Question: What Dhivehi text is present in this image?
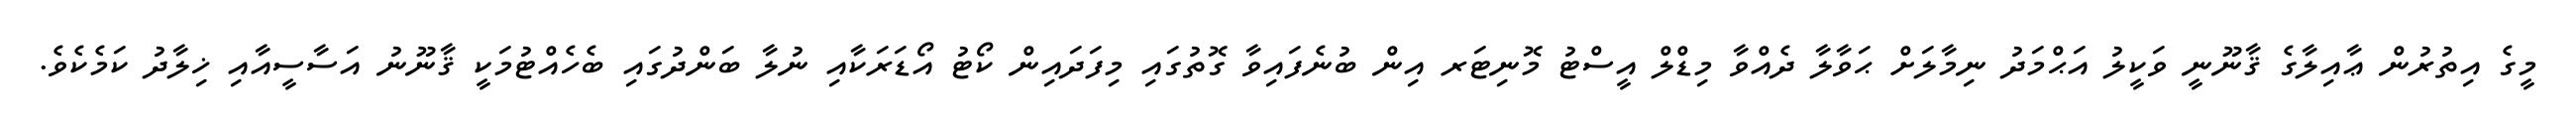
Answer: މީގެ އިތުރުން ޢާއިލާގެ ޤާނޫނީ ވަކީލު އަޙްމަދު ނިމާލަށް ޙަވާލާ ދެއްވާ މިޑްލް އީސްޓު މޮނިޓަރ އިން ބުނެފައިވާ ގޮތުގައި މިފަދައިން ކޯޓު އޯޑަރަކާއި ނުލާ ބަންދުގައި ބެހެއްޓުމަކީ ޤާނޫނު އަސާސީއާއި ޚިލާދު ކަމެކެވެ.